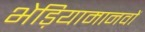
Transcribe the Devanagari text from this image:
भेड़ियामानवों